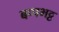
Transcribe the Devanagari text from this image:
बप्पभट्ट